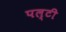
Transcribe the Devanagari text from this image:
पल्टी